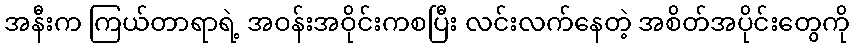
အနီးက ကြယ်တာရာရဲ့ အဝန်းအဝိုင်းကစပြီး လင်းလက်နေတဲ့ အစိတ်အပိုင်းတွေကို